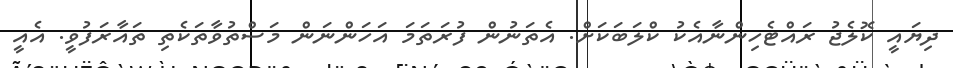
ދިޔައީ ކޮލެޖު ރައްޓެހިންނާއެކު ކްލަބަކަށް. އެތަނުން ފުރަތަމަ އަހަންނަން މަސްތުވާތަކެތި ތައާރަފުވީ. އެއީ